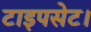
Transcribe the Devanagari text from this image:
टाइपसेट।